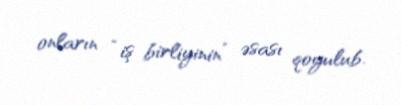
onların “iş birliyinin” əsası qoyulub.